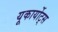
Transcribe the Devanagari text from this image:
यूकार्योट्स